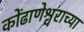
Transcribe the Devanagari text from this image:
कोंढाणेश्वराच्या